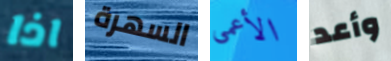
اذا السهرة الأعمى وأعد